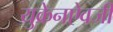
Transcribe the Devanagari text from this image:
युक्रेनऐवजी